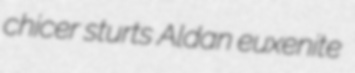
chicer sturts Aldan euxenite